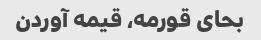
بحای قورمه، قیمه آوردن